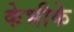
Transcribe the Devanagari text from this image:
केभीके